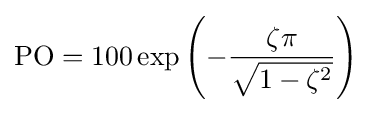
\mathrm {PO} =100\exp \left({-{\frac {\zeta \pi }{\sqrt {1-\zeta ^{2}}}}}\right)